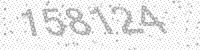
Solution: 158124